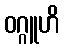
ဝဂ္ဂူဟိ